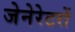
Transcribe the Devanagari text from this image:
जेनेरेटरों